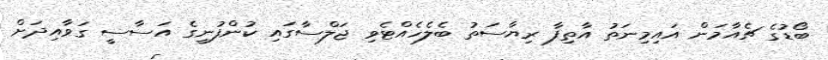
ބޯޑުގެ ޗެއާމަން އައިމިނަތު އާތިފާ ރިޔާސަތު ބެލެހެއްޓެވި ޖަލްސާގައި ކުންފުނީގެ އަސާސީ ގަވާއިދަށް